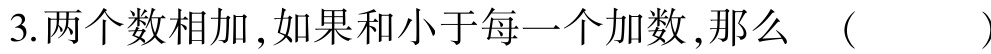
3.两个数相加，如果和小于每一个加数，那么 （  ）